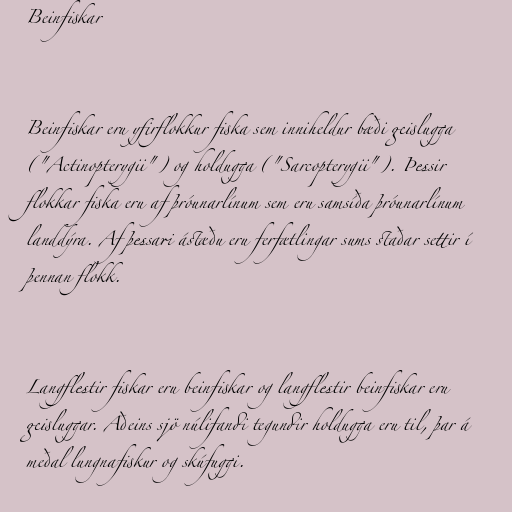
Beinfiskar

Beinfiskar eru yfirflokkur fiska sem inniheldur bæði geislugga
("Actinopterygii") og holdugga ("Sarcopterygii"). Þessir
flokkar fiska eru af þróunarlínum sem eru samsíða þróunarlínum
landdýra. Af þessari ástæðu eru ferfætlingar sums staðar settir í
þennan flokk.

Langflestir fiskar eru beinfiskar og langflestir beinfiskar eru
geisluggar. Aðeins sjö núlifandi tegundir holdugga eru til, þar á
meðal lungnafiskur og skúfuggi.